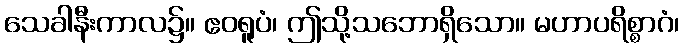
သေခါနီးကာလ၌။ ဧဝရူပံ၊ ဤသို့သဘောရှိသော။ မဟာပရိစ္စာဂံ၊